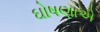
ઘોષણાએ